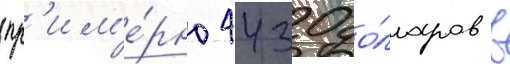
(пр'им'е́рно 4430 до́лларов в